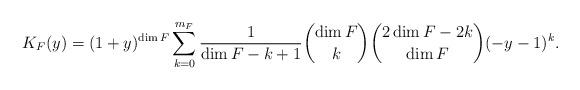
LaTeX: \begin{align*}K_{F} (y)= (1 + y)^{\dim F}\sum_{k = 0}^{m_F}\frac{1}{\dim F - k + 1}\binom{\dim F}{k}\binom{2\dim F - 2k}{\dim F}(-y-1)^k.\end{align*}